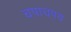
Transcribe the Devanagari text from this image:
चपाचपय